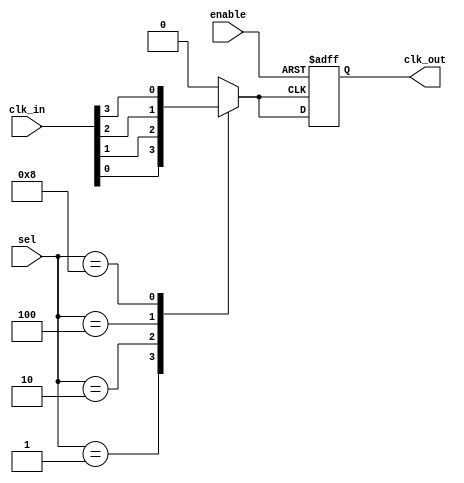
module ClockMultiplexerBuffer #(
    parameter NUM_CLOCKS = 4 // Number of input clocks (C0, C1, C2, C3)
)(
    input wire [NUM_CLOCKS-1:0] clk_in, // Input clock signals
    input wire [NUM_CLOCKS-1:0] sel,     // Selection control signal
    input wire enable,                    // Clock gating enable signal
    output reg clk_out                    // Output clock signal
);

// Internal signal to hold the selected clock
reg selected_clk;

// Clock selection logic
always @(*) begin
    case (sel)
        4'b0001: selected_clk = clk_in[0]; // Select C0
        4'b0010: selected_clk = clk_in[1]; // Select C1
        4'b0100: selected_clk = clk_in[2]; // Select C2
        4'b1000: selected_clk = clk_in[3]; // Select C3
        default: selected_clk = 1'b0;       // Default to 0 if no valid selection
    endcase
end

// Output buffer stage with clock gating
always @(posedge selected_clk or negedge enable) begin
    if (!enable) begin
        clk_out <= 1'b0; // Disable output clock when enable is low
    end else begin
        clk_out <= selected_clk; // Pass the selected clock to output
    end
end

endmodule